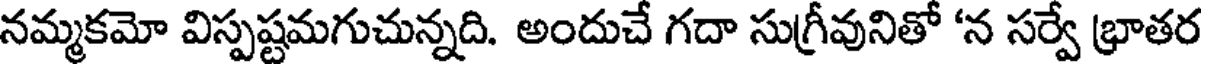
నమ్మకమో విస్పష్టమగుచున్నది. అందుచే గదా సుగ్రీవునితో 'న సర్వే భ్రాతర